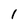
Character: 1